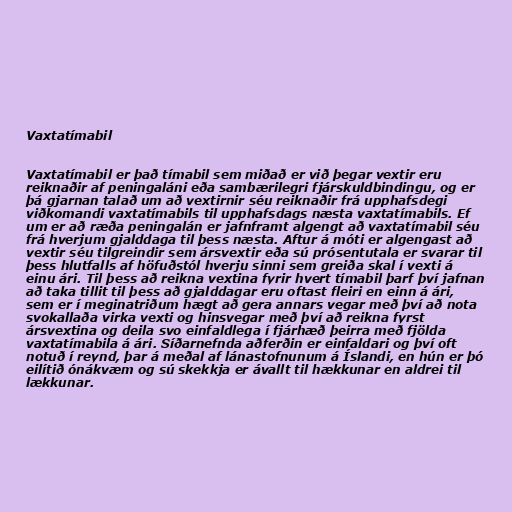
Vaxtatímabil

Vaxtatímabil er það tímabil sem miðað er við þegar vextir eru
reiknaðir af peningaláni eða sambærilegri fjárskuldbindingu, og er
þá gjarnan talað um að vextirnir séu reiknaðir frá upphafsdegi
viðkomandi vaxtatímabils til upphafsdags næsta vaxtatímabils. Ef
um er að ræða peningalán er jafnframt algengt að vaxtatímabil séu
frá hverjum gjalddaga til þess næsta. Aftur á móti er algengast að
vextir séu tilgreindir sem ársvextir eða sú prósentutala er svarar til
þess hlutfalls af höfuðstól hverju sinni sem greiða skal í vexti á
einu ári. Til þess að reikna vextina fyrir hvert tímabil þarf því jafnan
að taka tillit til þess að gjalddagar eru oftast fleiri en einn á ári,
sem er í meginatriðum hægt að gera annars vegar með því að nota
svokallaða virka vexti og hinsvegar með því að reikna fyrst
ársvextina og deila svo einfaldlega í fjárhæð þeirra með fjölda
vaxtatímabila á ári. Síðarnefnda aðferðin er einfaldari og því oft
notuð í reynd, þar á meðal af lánastofnunum á Íslandi, en hún er þó
eilítið ónákvæm og sú skekkja er ávallt til hækkunar en aldrei til
lækkunar.